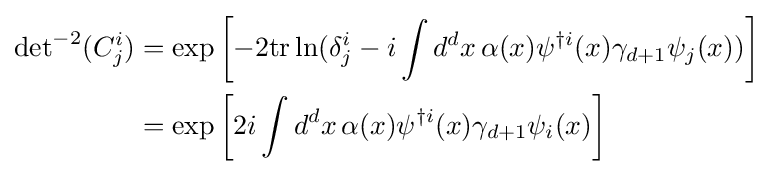
{\begin{aligned}{\det }^{-2}(C_{j}^{i})&=\exp \left[-2{\rm {tr}}\ln(\delta _{j}^{i}-i\int d^{d}x\,\alpha (x)\psi ^{\dagger i}(x)\gamma _{d+1}\psi _{j}(x))\right]\\&=\exp \left[2i\int d^{d}x\,\alpha (x)\psi ^{\dagger i}(x)\gamma _{d+1}\psi _{i}(x)\right]\end{aligned}}